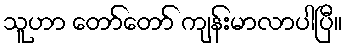
သူဟာ တော်တော် ကျန်းမာလာပါပြီ။